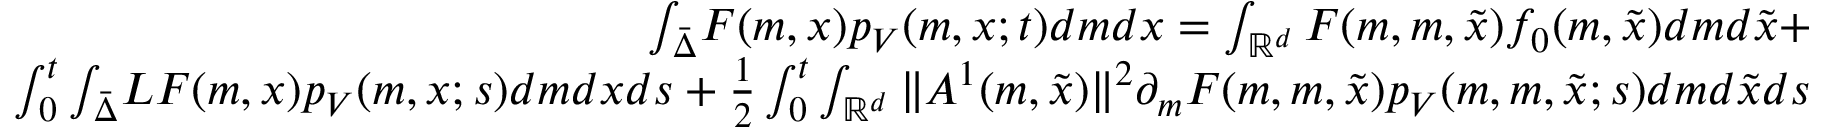
\begin{array} { r l r } & { } & { { \int _ { \bar { \Delta } } } F ( m , x ) p _ { V } ( m , x ; t ) d m d x = \int _ { \mathbb { R } ^ { d } } F ( m , m , \tilde { x } ) f _ { 0 } ( m , \tilde { x } ) d m d \tilde { x } + } \\ & { } & { \int _ { 0 } ^ { t } { \int _ { \bar { \Delta } } } { \cal L } F ( m , x ) p _ { V } ( m , x ; s ) d m d x d s + { \frac { 1 } { 2 } } \int _ { 0 } ^ { t } \int _ { \mathbb { R } ^ { d } } { \| A ^ { 1 } ( m , \tilde { x } ) \| ^ { 2 } } \partial _ { m } F ( m , m , \tilde { x } ) { p _ { V } ( m , m , \tilde { x } ; s ) } d m d \tilde { x } d s } \end{array}